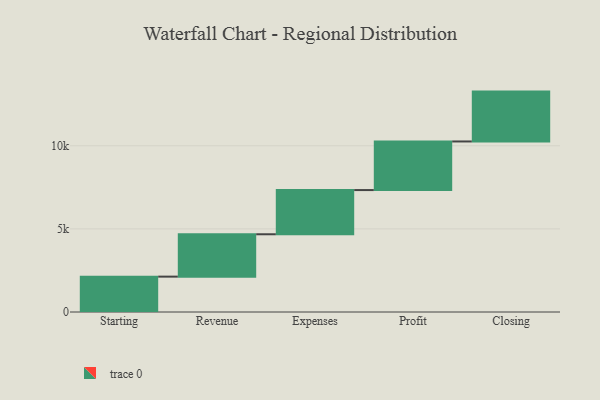
{"axis": {"x": "Step", "y": "Value"}, "legend": [""], "data": [{"x": "Starting", "y": 2128.0, "type": ""}, {"x": "Revenue", "y": 2549.0, "type": ""}, {"x": "Expenses", "y": 2659.0, "type": ""}, {"x": "Profit", "y": 2924.0, "type": ""}, {"x": "Closing", "y": 3000, "type": ""}]}